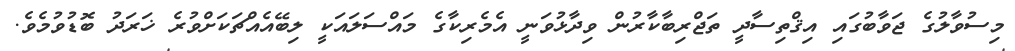
މިސުވާލުގެ ޖަވާބުގައި އިޤްތިސާދީ ތަޖްރިބާކާރުން ވިދާޅުވަނީ އެމެރިކާގެ މައްސަލައަކީ ލިބޭއެއްޗަކަށްވުރެ ޚަރަދު ބޮޑުވުމެވެ.